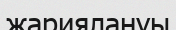
жариялануы